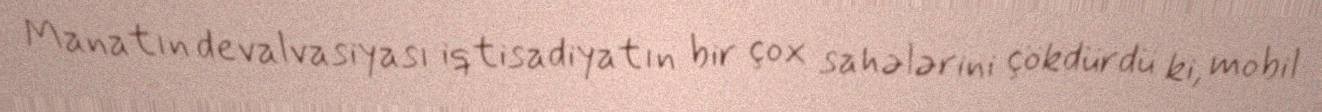
Manatın devalvasiyası iqtisadiyatın bir çox sahələrini çökdürdü ki, mobil